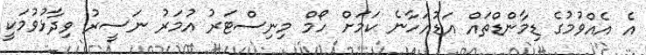
އެ އެއްވުމުގެ ޑިމާންޑްތައް އަޑުއަހާނެ ކަމަށް ހޯމް މިނިސްޓަރު އުމަރު ނަސީރު ވިދާޅުވުމަކީ